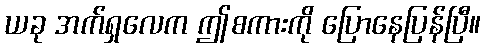
ယခု အက်ရှလေက ဤစကားကို ပြောနေပြန်ပြီ။